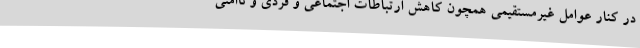
در کنار عوامل غیرمستقیمی همچون کاهش ارتباطات اجتماعی و فردی و ناامنی